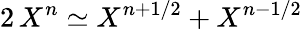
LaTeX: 2\, X^{n}\simeq X^{n+1/2}+X^{n-1/2}